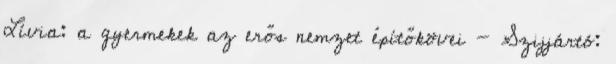
Lívia: a gyermekek az erős nemzet építőkövei - Szijjártó: